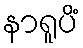
နာရူပိံ